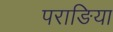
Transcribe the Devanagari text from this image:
पराङिया